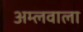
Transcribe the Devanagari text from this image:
अम्लवाला